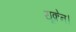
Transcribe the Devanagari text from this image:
यूक्रेन।